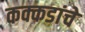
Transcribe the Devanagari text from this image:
कक्कडांचे